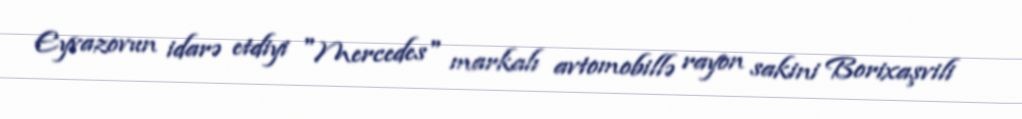
Eyvazovun idarə etdiyi "Mercedes" markalı avtomobillə rayon sakini Borixaşvili